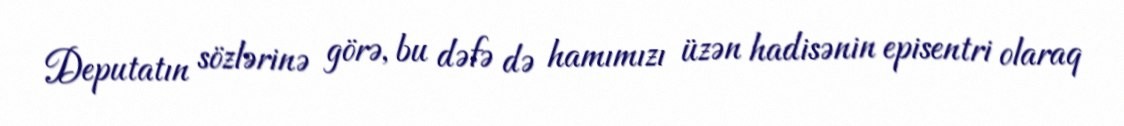
Deputatın sözlərinə görə, bu dəfə də hamımızı üzən hadisənin episentri olaraq